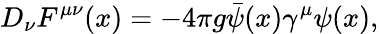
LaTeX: D_{\nu}F^{\mu\nu}(x)=-4\pi g\bar{\psi}(x)\gamma^{\mu}\psi(x),